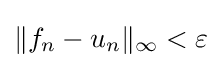
\|f_{n}-u_{n}\|_{\infty }<\varepsilon